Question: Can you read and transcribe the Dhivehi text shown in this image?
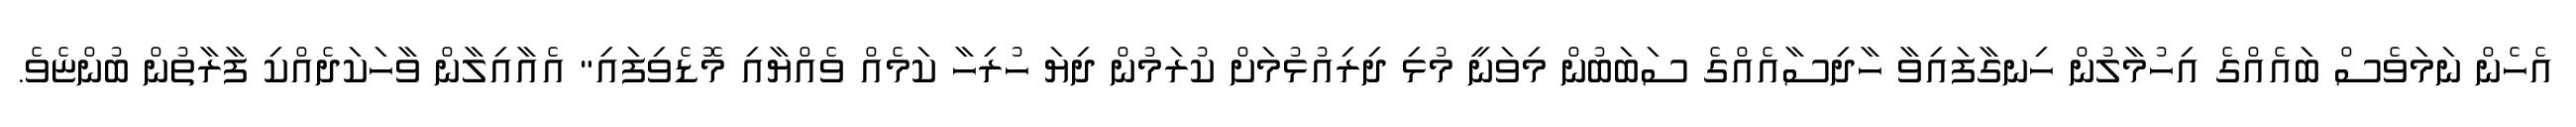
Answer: އެހެން ނަމަވެސް ބައެއްގެ އިހުމާލުން ހިނގާފައިވާ ހާދިސާއެއްގެ ސަބަބުން މިވަނީ މުޅި ދިރިއުޅުމަށް ކުރަމުން ދިޔަ ހުރިހާ ކަމެއް ވެއްޔާއި މޮޑެވިފައި" އެއާއިލާން ވާހަކަދެއްކި ފާރާތުން ބުންޏެވެ.